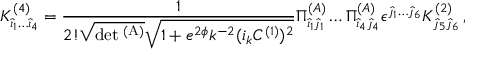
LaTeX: { \cal K } _ { { \hat { \imath } } _ { 1 } \dots { \hat { \imath } _ { 4 } } } ^ { ( 4 ) } = { \frac { 1 } { 2 ! \sqrt { \mathrm { d e t \Pi ^ { ( A ) } } } \sqrt { 1 + e ^ { 2 \phi } k ^ { - 2 } ( i _ { k } C ^ { ( 1 ) } ) ^ { 2 } } } } \Pi _ { { \hat { \imath } } _ { 1 } { \hat { \jmath } } _ { 1 } } ^ { ( A ) } \dots \Pi _ { { \hat { \imath } } _ { 4 } { \hat { \jmath } } _ { 4 } } ^ { ( A ) } \epsilon ^ { { \hat { \jmath } } _ { 1 } \dots { \hat { \jmath } } _ { 6 } } { \cal K } _ { { \hat { \jmath } } _ { 5 } { \hat { \jmath } } _ { 6 } } ^ { ( 2 ) } \, ,